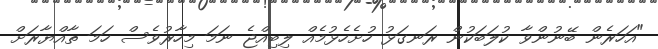
"އަހަރެން ބޭނުންވާ ކުލަބަކުން ރަނގަޅު ހުށެހެޅުމެއް ލިބިއްޖެ ނަމަ މިހާރުވެސް ހަމަ ތާއްޔާރަށް